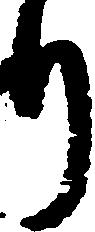
り